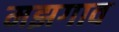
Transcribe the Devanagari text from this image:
मझगाव